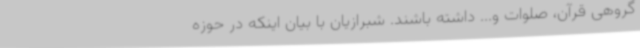
گروهی قرآن، صلوات و... داشته باشند. شبرازیان با بیان اینکه در حوزه